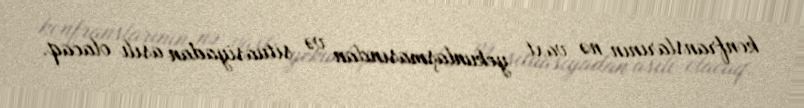
konfranslarının nə vaxt yekunlaşmasından və situasiyadan asılı olacaq.